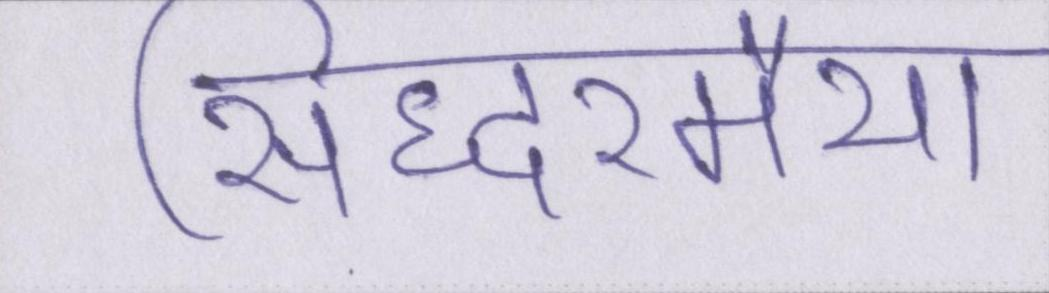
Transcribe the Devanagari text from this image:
सिद्धरमैया